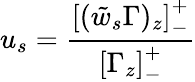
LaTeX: u_{s}=\frac{\left[(\tilde{w}_{s}\Gamma)_{z}\right]_{-}^{+}}{\left[\Gamma_{z}\right]_{-}^{+}}